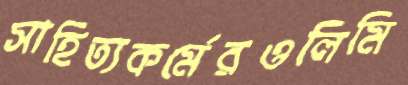
সাহিত্যকর্মেরওলিমি